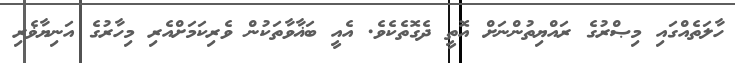
ހާލަތެއްގައި މިޞްރުގެ ރައްޔިތުންނަށް އޮތީ ދެގޮތެކެވެ. އެއީ ބަޣާވާތަކުން ވެރިކަމަށްއެރި މިހާރުގެ އަނިޔާޥެރި